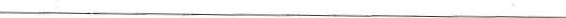
___